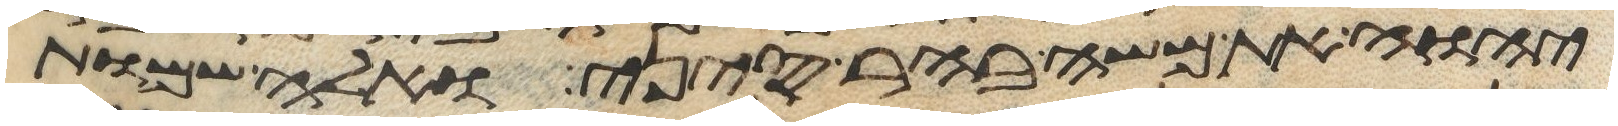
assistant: יהוה את משה בהר סיני ואלה שמות